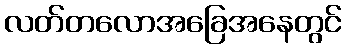
လတ်တလောအခြေအနေတွင်